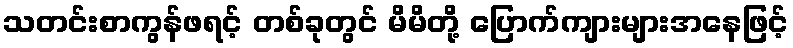
သတင်းစာကွန်ဖရင့် တစ်ခုတွင် မိမိတို့ ပြောက်ကျားများအနေဖြင့်